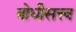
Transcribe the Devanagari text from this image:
बोधीसत्त्व